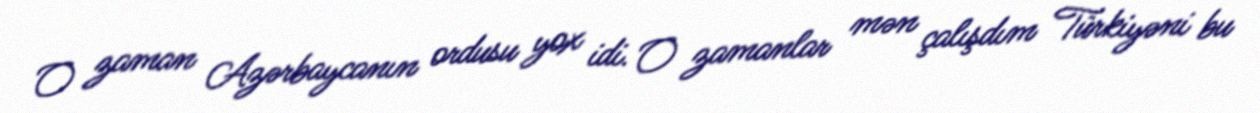
O zaman Azərbaycanın ordusu yox idi. O zamanlar mən çalışdım Türkiyəni bu